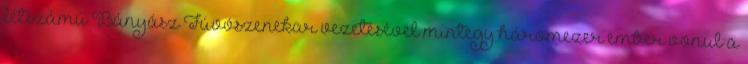
létszámú Bányász Fúvószenekar vezetésével mintegy háromezer ember vonul a